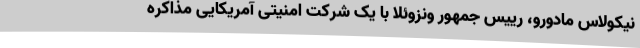
نیکولاس مادورو، رییس جمهور ونزوئلا با یک شرکت امنیتی آمریکایی مذاکره